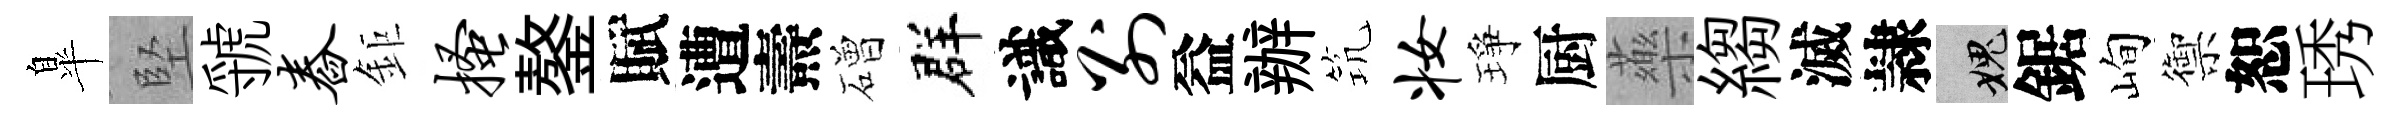
臯堅虢舂鉅搔鏊賦遭燾磳群識别益辦𥬑妆琤厨藥縐滅隷愧鋸峋禦恕琇